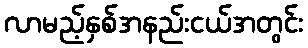
လာမည့်နှစ်အနည်းငယ်အတွင်း